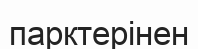
парктерінен